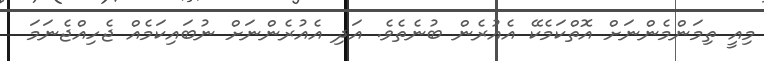
މިއީ ތިމަންމެންނަށް އޮތްކަމެކޭ އެއުރެން ބުނެތެވެ. އަދި އެއުރެންނަށް ނުބައިކަމެއް ޖެހިއްޖެނަމަ